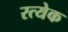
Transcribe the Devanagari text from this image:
रत्येक